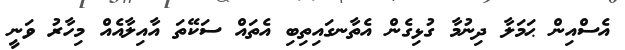
އެސްއިން ޙަމަލާ ދިނުމާ ގުޅިގެން އެތާނގައިތިބި އެތައް ސަކޭތަ އާއިލާއެއް މިހާރު ވަނީ